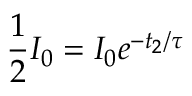
\frac { 1 } { 2 } I _ { 0 } = I _ { 0 } e ^ { - t _ { 2 } / \tau }